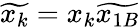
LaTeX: \widetilde{x_{k}}=x_{k}\widetilde{x_{1B}}